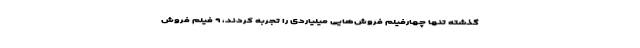
گذشته تنها چهارفیلم فروش‌هایی میلیاردی را تجربه کردند، ۹ فیلم فروش